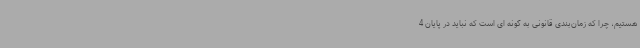
هستیم، چرا که زمان‌بندی قانونی به گونه ای است که نباید در پایان 4